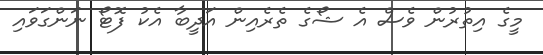
މީގެ އިތުރުން ވެސް އެ ޝޯގެ ތެރެއިން އަދީބާ އެކު ފޮޓޯ ނަންގަވައި